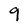
Character: 9